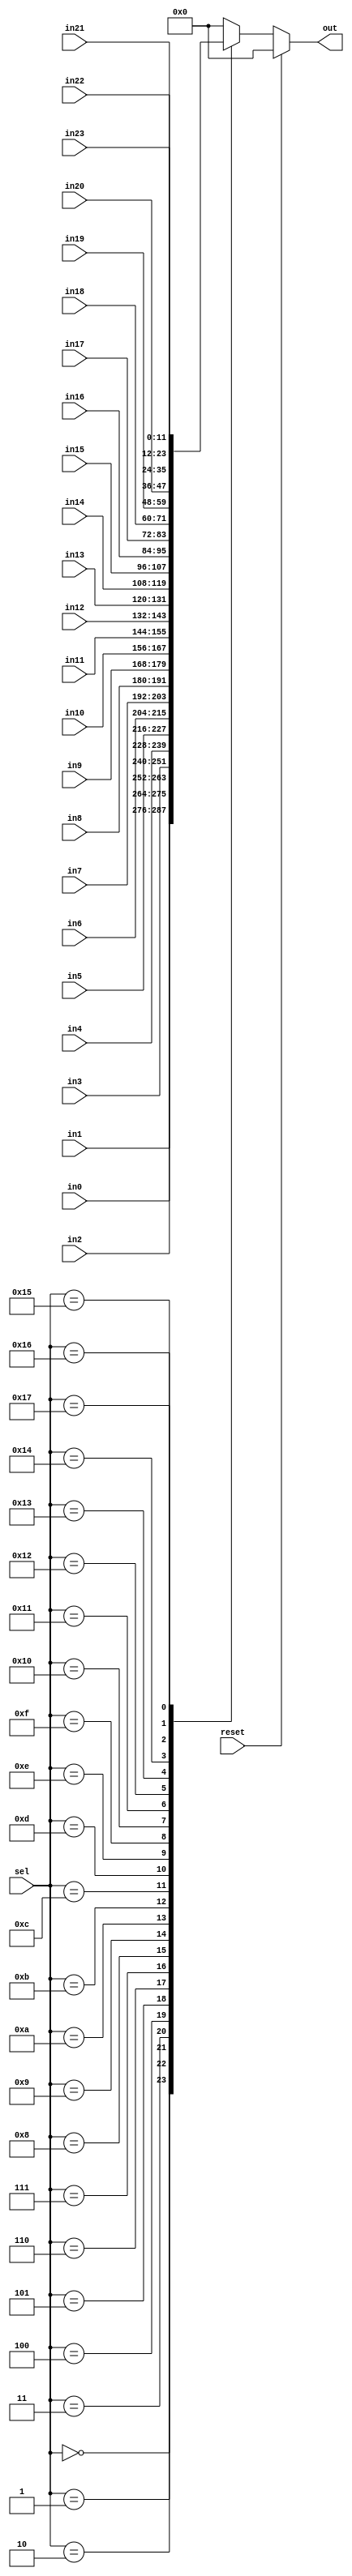
module mux24to1 #(
    parameter DATA_WIDTH = 12
)(
    input wire [DATA_WIDTH-1:0] in0,
    input wire [DATA_WIDTH-1:0] in1,
    input wire [DATA_WIDTH-1:0] in2,
    input wire [DATA_WIDTH-1:0] in3,
    input wire [DATA_WIDTH-1:0] in4,
    input wire [DATA_WIDTH-1:0] in5,
    input wire [DATA_WIDTH-1:0] in6,
    input wire [DATA_WIDTH-1:0] in7,
    input wire [DATA_WIDTH-1:0] in8,
    input wire [DATA_WIDTH-1:0] in9,
    input wire [DATA_WIDTH-1:0] in10,
    input wire [DATA_WIDTH-1:0] in11,
    input wire [DATA_WIDTH-1:0] in12,
    input wire [DATA_WIDTH-1:0] in13,
    input wire [DATA_WIDTH-1:0] in14,
    input wire [DATA_WIDTH-1:0] in15,
    input wire [DATA_WIDTH-1:0] in16,
    input wire [DATA_WIDTH-1:0] in17,
    input wire [DATA_WIDTH-1:0] in18,
    input wire [DATA_WIDTH-1:0] in19,
    input wire [DATA_WIDTH-1:0] in20,
    input wire [DATA_WIDTH-1:0] in21,
    input wire [DATA_WIDTH-1:0] in22,
    input wire [DATA_WIDTH-1:0] in23,
    input wire [4:0] sel,
    output reg [DATA_WIDTH-1:0] out,
	input wire reset
);

always @(*) begin
    if(reset) begin
        out = {DATA_WIDTH{1'b0}};
    end
    else begin
        case (sel)
            5'd0:  out = in0;
            5'd1:  out = in1;
            5'd2:  out = in2;
            5'd3:  out = in3;
            5'd4:  out = in4;
            5'd5:  out = in5;
            5'd6:  out = in6;
            5'd7:  out = in7;
            5'd8:  out = in8;
            5'd9:  out = in9;
            5'd10: out = in10;
            5'd11: out = in11;
            5'd12: out = in12;
            5'd13: out = in13;
            5'd14: out = in14;
            5'd15: out = in15;
            5'd16: out = in16;
            5'd17: out = in17;
            5'd18: out = in18;
            5'd19: out = in19;
            5'd20: out = in20;
            5'd21: out = in21;
            5'd22: out = in22;
            5'd23: out = in23;
            5'd31: out = {DATA_WIDTH{1'b0}};
            default: out = {DATA_WIDTH{1'b0}};
        endcase
    end
end

endmodule